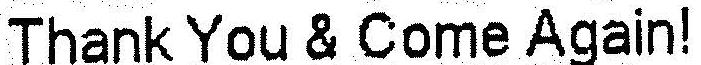
THANK YOU & COME AGAIN!